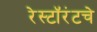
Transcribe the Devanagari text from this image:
रेस्टॉरंटचे